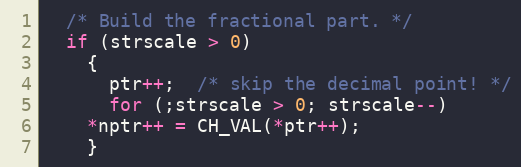
Language: C++
  /* Build the fractional part. */
  if (strscale > 0)
    {
      ptr++;  /* skip the decimal point! */
      for (;strscale > 0; strscale--)
	*nptr++ = CH_VAL(*ptr++);
    }